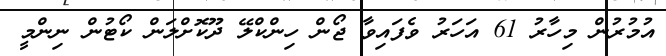
އުމުރުން މިހާރު 61 އަހަރު ވެފައިވާ ޖޯން ހިންކްލޭ ދޫކޮށްލަން ކޯޓުން ނިންމީ